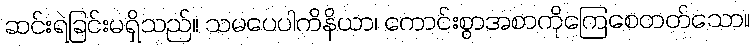
ဆင်းရဲခြင်းမရှိသည်။ သမပေပါကိနိယာ၊ ကောင်းစွာအစာကိုကြေစေတတ်သော။